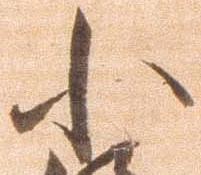
小